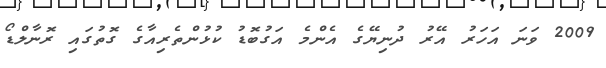
2009 ވަނަ އަހަރު އޭރު ދުނިޔޭގެ އެންމެ އަގުބޮޑު ކުޅުންތެރިއާގެ ގޮތުގައި ރޮނާލްޑޯ